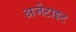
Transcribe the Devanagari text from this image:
अर्जेटाइट